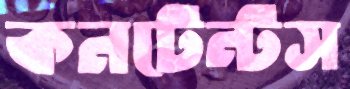
কনটেন্টস